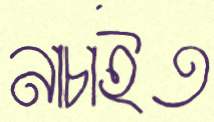
নাচাইত